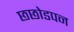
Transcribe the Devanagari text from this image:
छछोडपन